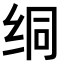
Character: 𫄡